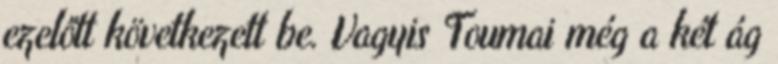
ezelőtt következett be. Vagyis Toumai még a két ág